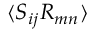
\langle S _ { i j } R _ { m n } \rangle